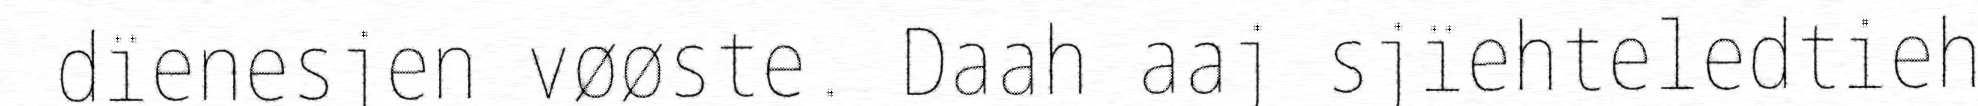
dïenesjen vøøste. Daah aaj sjïehteledtieh